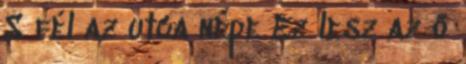
S fél az utca népe Ez lesz az ő